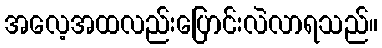
အလေ့အထလည်းပြောင်းလဲလာရသည်။